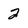
Character: 2